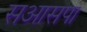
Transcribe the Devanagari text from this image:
सआसपा